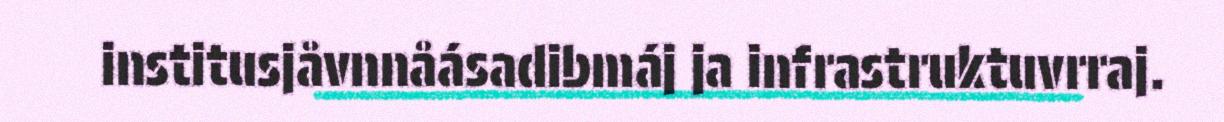
institusjåvnnåásadibmáj ja infrastruktuvrraj.